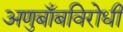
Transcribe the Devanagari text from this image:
अणुबाँबविरोधी